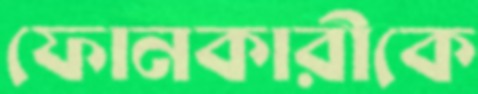
ফোনকারীকে